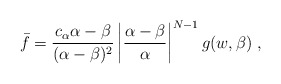
\begin{align*}\bar f=\frac{c_\alpha \alpha -\beta }{(\alpha -\beta )^2}\left| \frac{\alpha -\beta }{\alpha }\right| ^{N-1}g(w,\beta ) \ ,\end{align*}